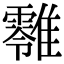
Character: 𩁎